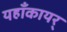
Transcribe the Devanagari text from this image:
यहाँकायर्